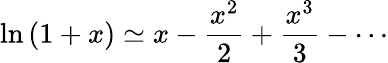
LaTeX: \ln\left(1+x\right)\simeq x-{\frac{x^{2}}{2}}+{\frac{x^{3}}{3}}-\cdots